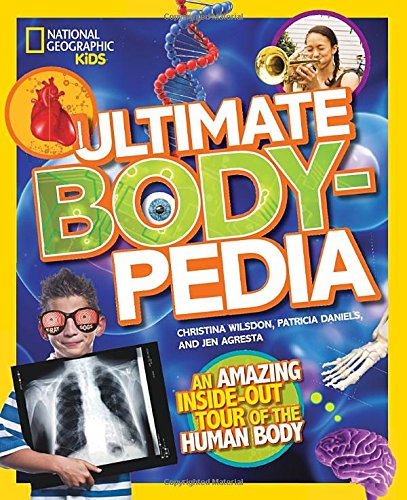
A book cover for Ultimate Bodypedia: An Amazing Inside-Out Tour of the Human Body (National Geographic Kids); Patricia Daniels; Children's Books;